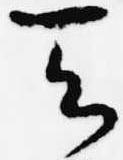
天